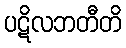
ပဋိလဘတီတိ